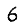
Digit: 6